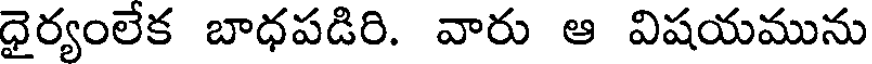
ధైర్యంలేక బాధపడిరి. వారు ఆ విషయమును